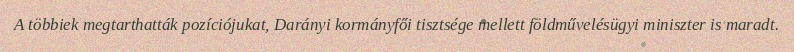
A többiek megtarthatták pozíciójukat, Darányi kormányfői tisztsége mellett földművelésügyi miniszter is maradt.